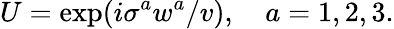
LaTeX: U=\exp(i\sigma^{a}w^{a}/v),\ \ \ \ a=1,2,3.